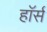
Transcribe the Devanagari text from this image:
हाॅर्स